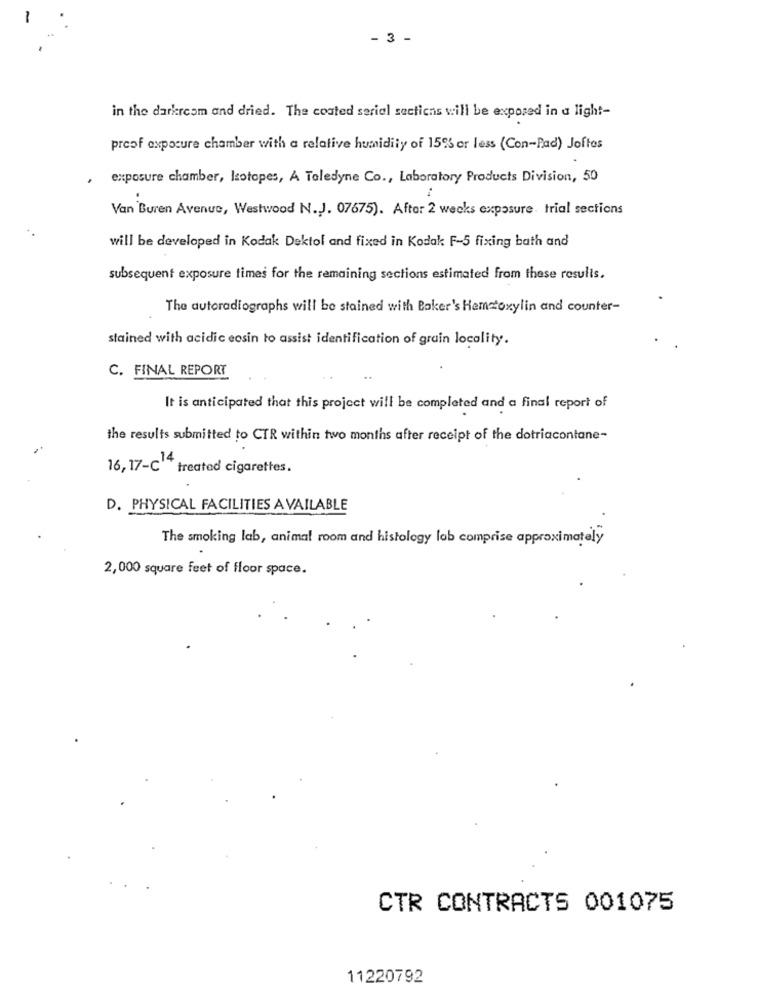
- 3 -
in the darkroom and dried. The coated serial sections will be exposed in a light-
proof exposure chamber with a relative humidity of 15% or less (Con-Pad) Joftos
exposure chamber, Isotopes, A Taledyne Co ., Laboratory Products Division, 50
.
Van Buren Avenue, Westwood N.J. 07675). After 2 weeks exposure. trial sections
will be developed in Kodak Dektol and fixed in Kodak F-5 fixing bath and
subsequent exposure times for the remaining sections estimated from these results.
The autoradiographs will be stained with Baker's Hemzoxylin and counter-
stained with acidic eosin to assist identification of grain locality.
C. FINAL REPORT
It is anticipated that this project will be completed and a final report of
the results submitted to CTR within two months after receipt of the dotriacontane-
16, 17-C * treated cigarettes.
D. PHYSICAL FACILITIES AVAILABLE
The smoking lab, animal room and histology lab comprise approximately
2,000 square feet of floor space.
CTR CONTRACTS 001075
11220792